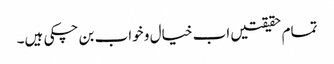
تمام حقیقتیں اب خیال و خواب بن چکی ہیں۔